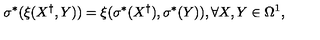
\sigma ^ { \ast } ( \xi ( X ^ { \dag } , Y ) ) = \xi ( \sigma ^ { \ast } ( X ^ { \dag } ) , \sigma ^ { \ast } ( Y ) ) , \forall X , Y \in \Omega ^ { 1 } ,